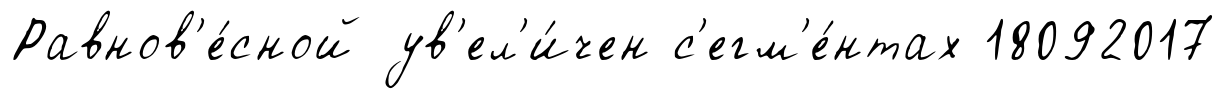
Равнов'е́сной ув'ел'и́чен с'егм'е́нтах 18092017